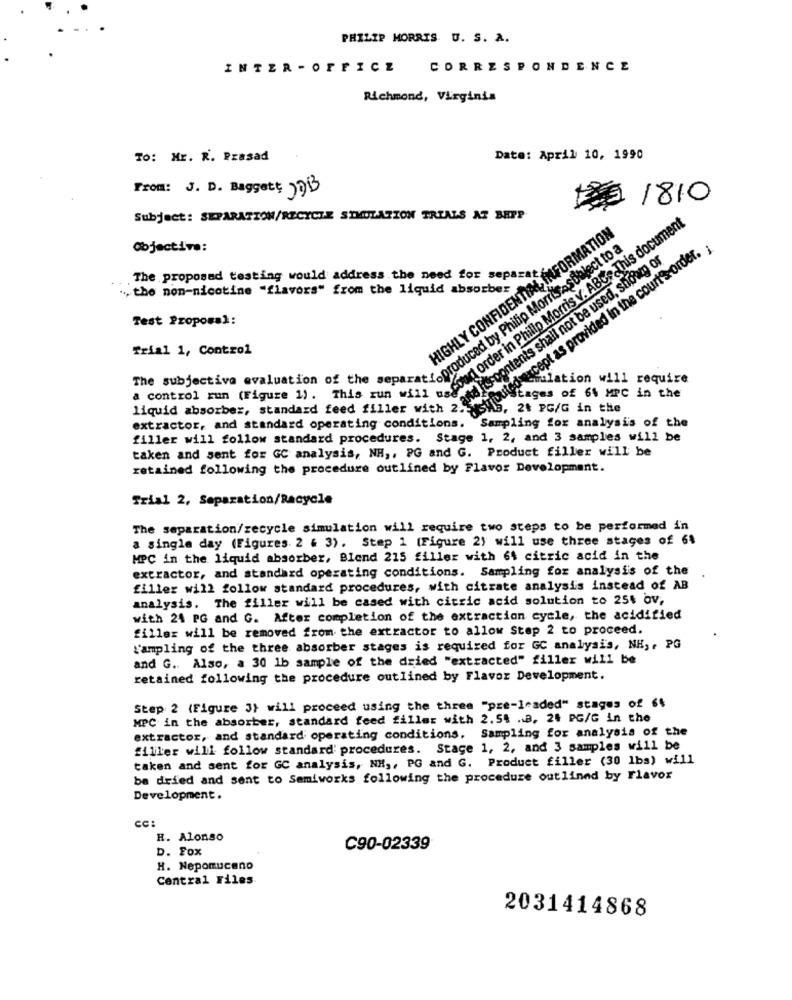
PHILIP MORRIS U. S. A.
INTER - OFFICE
CORRESPONDENCE
Richmond, Virginia
To: Mr. R. Prasad
Date: April 10, 1990
From: J. D. Baggett 79B
## 1810
Subject: SEPARATION/RECYCLE SIMULATION TRIALS AT BEPP
HIGHLY CONFIDENTIAL INFORMATION
Objective:
fouted except as provided in the court's-order. ;
and Itsrogntents shall not be used, showg or
The proposed testing would address the need for separat
. the non-nicotine "flavors" from the liquid absorber
The col mange standard falls sun whatLo000 der in Phillip Morris v. ABus This document
subjective toure 11 0%, the sea lionsrod by Philip Morris asubject to a
Test Proposal:
Trial 1, Control
ulation will require
Stages of 61 MPC in the
liquid absorber, standard feed filler with 2.5 3h3, 2t PG/G in the
extractor, and standard operating conditions. Sampling for analysis of the
filler will follow standard procedures. Stage 1, 2, and 3 samples will be
taken and sent for GC analysis, NH ,, PG and G. Product filler will be
retained following the procedure outlined by Flavor Development.
Trial 2, Separation/Racycle
The separation/recycle simulation will require two steps to be performed in
a single day (Figures 2 6 3). Step 1 (Figure 2) will use three stages of 61
MPC in the liquid absorber, Blend 215 filler with 64 citric acid in the
extractor, and standard operating conditions. Sampling for analysis of the
filler will follow standard procedures, with citrate analysis instead of AB
analysis. The filler will be cased with citric acid solution to 254 ov,
with 24 PG and G. After completion of the extraction cycle, the acidified
filler will be removed from the extractor to allow Step 2 to proceed.
"ampling of the three absorber stages is required for GC analysis, NH ,, PG
and G .. Also, a 30 1b sample of the dried "extracted" filler will be
retained following the procedure outlined by Flavor Development.
Step 2 (Figure 3) will proceed using the three "pre-leaded" stages of 64
MPC in the absorber, standard feed filler with 2.54 ... 24 PG/G in the
extractor, and standard operating conditions. Sampling for analysis of the
filler will follow standard procedures. Stage 1, 2, and 3 samples will be
taken and sent for GC analysis, NH ,, PG and G. Product filler (30 lbs) will
ba dried and sent to Semiworks following the procedure outlined by Flavor
Development.
CC:
R. Alonso
D. Fox
C90-02339
H. Nepomuceno
Central Files
2031414868